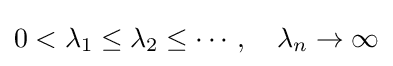
0<\lambda _{1}\leq \lambda _{2}\leq \cdots ,\quad \lambda _{n}\to \infty